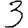
Digit: 3